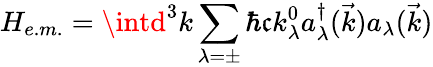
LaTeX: H_{e.m.}=\intd^{3}k\sum_{\lambda=\pm}\hbar\mathfrak{c}k_{\lambda}^{0}a_{\lambda}^{\dagger}(\vec{{k}})a_{\lambda}(\vec{{k}})